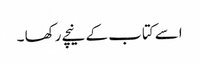
اسے کتاب کے نیچے رکھا ۔